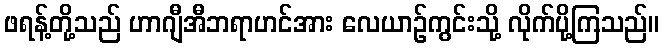
ဖရန့်တို့သည် ဟာဂျီအီဘရာဟင်အား လေယာဉ်ကွင်းသို့ လိုက်ပို့ကြသည်။